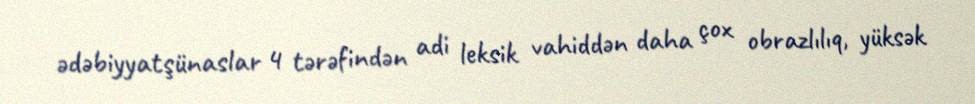
ədəbiyyatşünaslar 4 tərəfindən adi leksik vahiddən daha çox obrazlılıq, yüksək